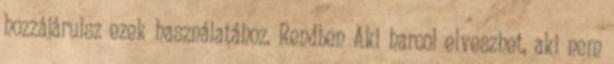
hozzájárulsz ezek használatához. Rendben Aki harcol elveszhet, aki nem